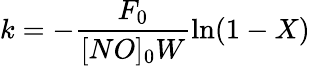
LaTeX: k=-\frac{F_{0}}{[NO]_{0}W}\ln(1-X)